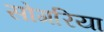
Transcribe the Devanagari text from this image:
सोगरिया